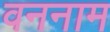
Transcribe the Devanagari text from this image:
वननाम